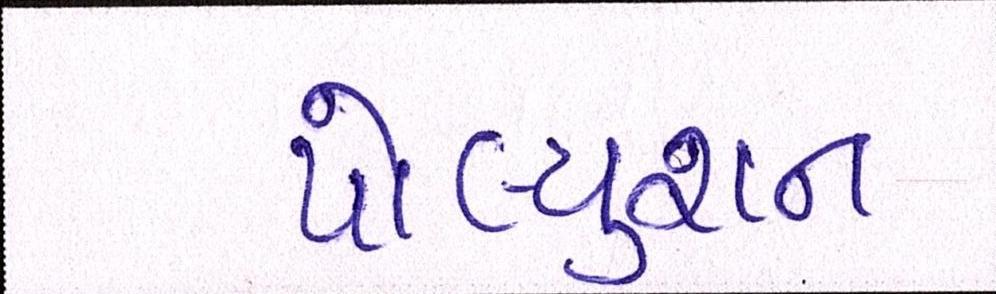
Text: પોલ્યુશન